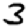
Digit: 3